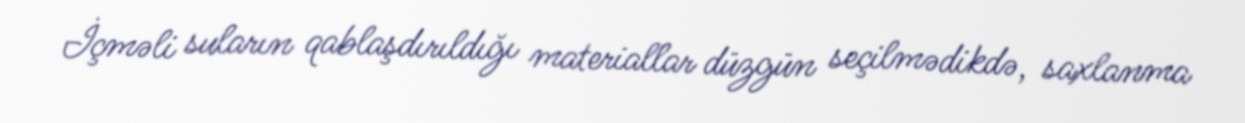
İçməli suların qablaşdırıldığı materiallar düzgün seçilmədikdə, saxlanma